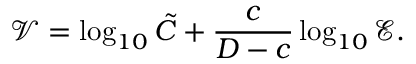
\mathcal V = \log _ { 1 0 } \tilde { C } + \frac { c } { D - c } \log _ { 1 0 } \mathcal E .